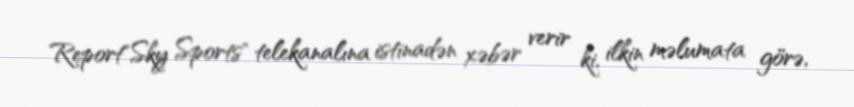
Report"Sky Sports" telekanalına istinadən xəbər verir ki, ilkin məlumata görə,